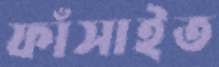
ফাঁসাইত